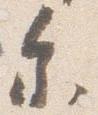
参